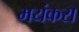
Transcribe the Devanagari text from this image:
भयंकरा